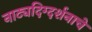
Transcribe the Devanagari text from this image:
नाट्यदिग्दर्शनाचे